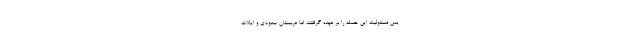
یمن مسئولیت این حمله را بر عهده گرفتند اما عربستان سعودی و ایالات